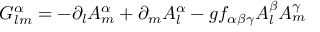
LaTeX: G _ { l m } ^ { \alpha } = - \partial _ { l } A _ { m } ^ { \alpha } + \partial _ { m } A _ { l } ^ { \alpha } - g f _ { \alpha \beta \gamma } A _ { l } ^ { \beta } A _ { m } ^ { \gamma }